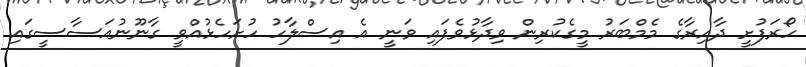
ހޯރަފުށީ ދާއިރާގެ މެމްބަރު މީގެކުރިން ވިދާޅުވެފައި ވަނީ އެ އިސްލާހު ހުށަހެޅުއްވީ ގާނޫނުއަސާސީގައި